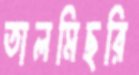
তালমিছরি